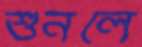
শুনলে